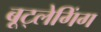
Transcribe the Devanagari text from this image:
बूट्लेगिंग